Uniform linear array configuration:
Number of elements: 8
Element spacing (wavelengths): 0.75
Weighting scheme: hann
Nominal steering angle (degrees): -60
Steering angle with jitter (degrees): -60.435
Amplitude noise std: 0.05
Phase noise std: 0.05

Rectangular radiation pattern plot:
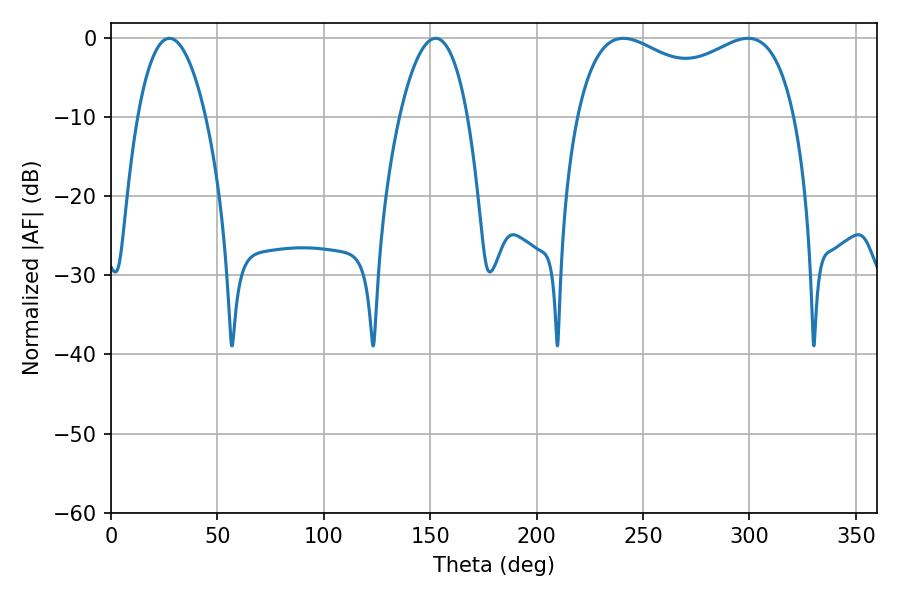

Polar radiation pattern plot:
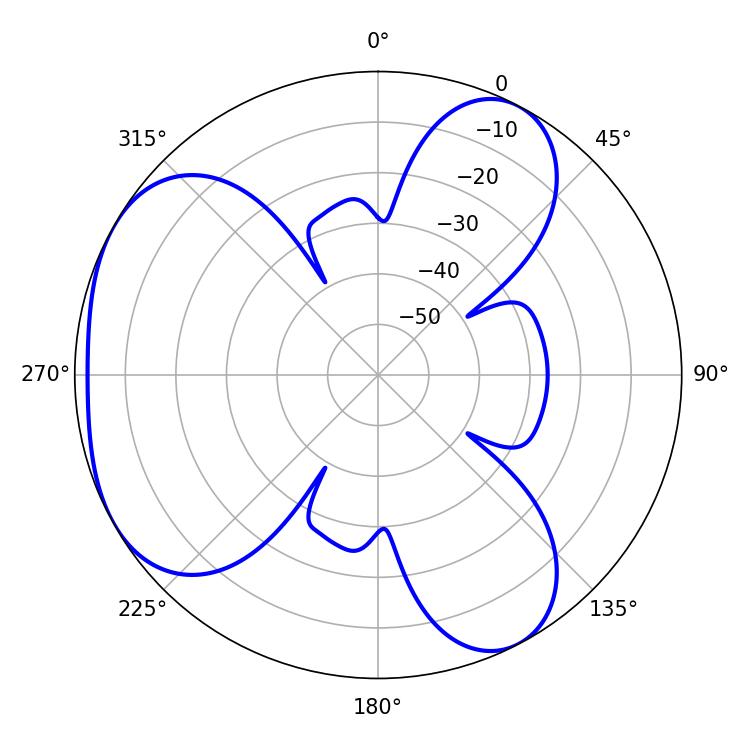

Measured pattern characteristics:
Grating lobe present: TRUE
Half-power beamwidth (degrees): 85.32
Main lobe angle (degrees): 240.66